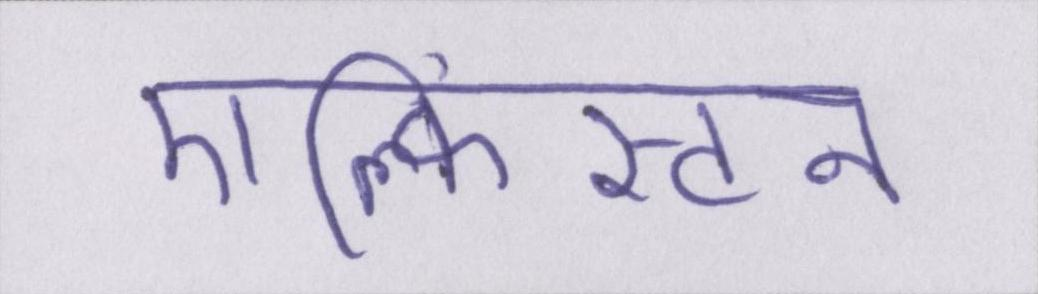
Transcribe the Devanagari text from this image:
एल्फिंस्टन